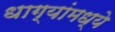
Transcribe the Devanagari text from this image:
धाग्यांमध्ये